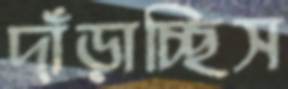
দাঁড়াচ্ছিস